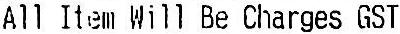
ALL ITEM WILL BE CHARGES GST